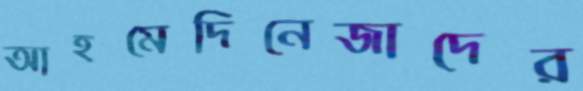
আহমেদিনেজাদের